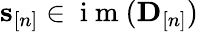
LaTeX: \mathbf s_{[n]}\in\mathrm{~i~m~}({\mathbf D}_{[n]})